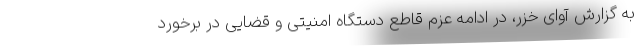
به گزارش آوای خزر، در ادامه عزم قاطع دستگاه امنیتی و قضایی در برخورد